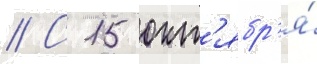
// С 15 окт'ябр'я́